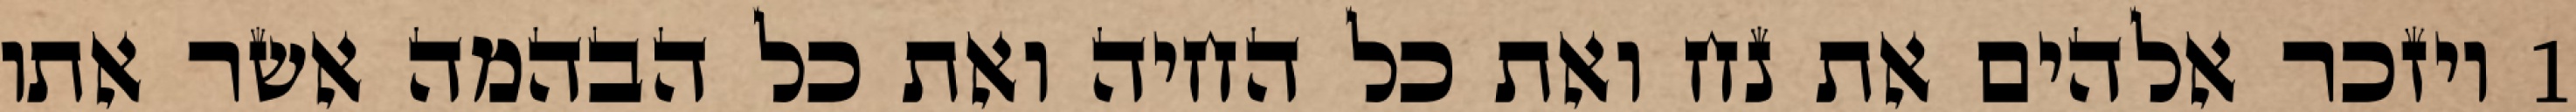
1 ויזכר אלהים את נח ואת כל החיה ואת כל הבהמה אשר אתו